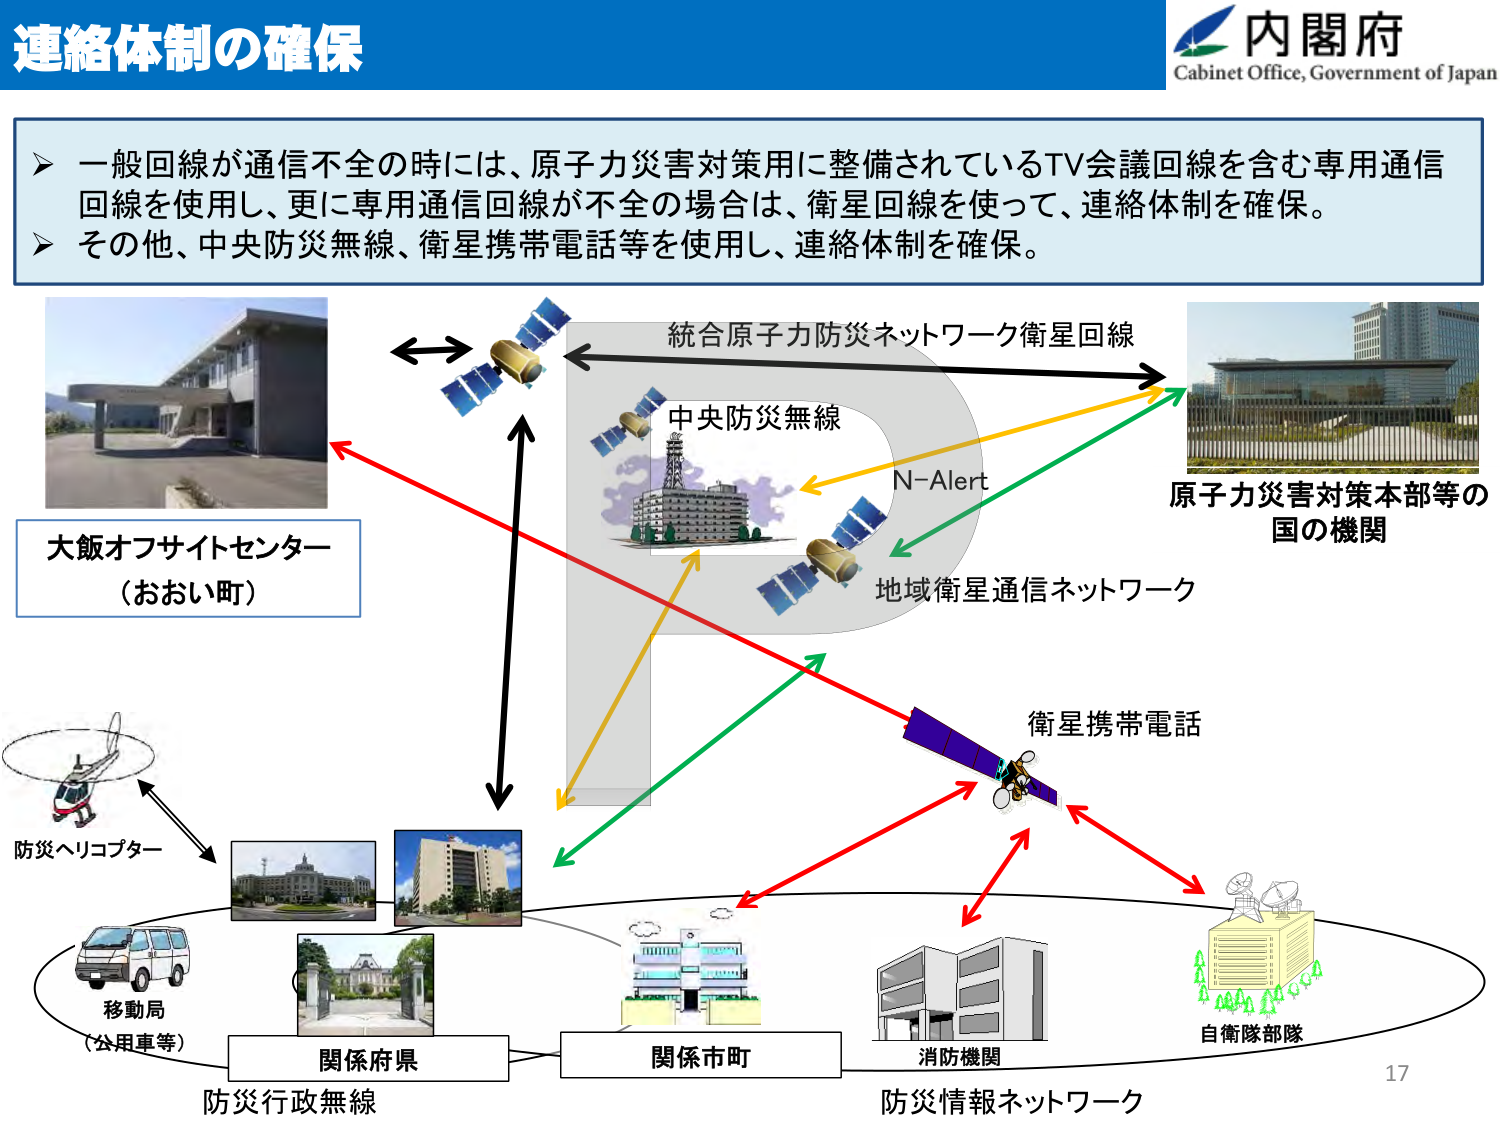
連絡体制の確保

内閣府
Cabinet Office, Government of Japan

➤ 一般回線が通信不全の時には、原子力災害対策用に整備されているTV会議回線を含む専用通信
回線を使用し、更に専用通信回線が不全の場合は、衛星回線を使って、連絡体制を確保。
➤ その他、中央防災無線、衛星携帯電話等を使用し、連絡体制を確保。

大飯オフサイトセンター
（おおい町）

統合原子力防災ネットワーク衛星回線

中央防災無線

N-Alert

地域衛星通信ネットワーク

原子力災害対策本部等の
国の機関

衛星携帯電話

防災ヘリコプター

移動局
（公用車等）

関係府県

関係市町

消防機関

自衛隊部隊

防災行政無線

防災情報ネットワーク

17